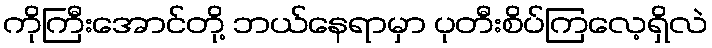
ကိုကြီးအောင်တို့ ဘယ်နေရာမှာ ပုတီးစိပ်ကြလေ့ရှိလဲ